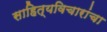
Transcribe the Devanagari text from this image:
साहित्यविचारांचा